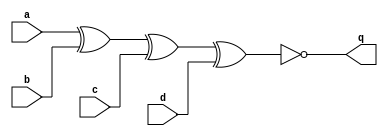
module top_module (
    input a,
    input b,
    input c,
    input d,
    output q );//

    assign q = ~(a^b^c^d); //76.kamp4

endmodule